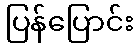
ပြန်ပြောင်း